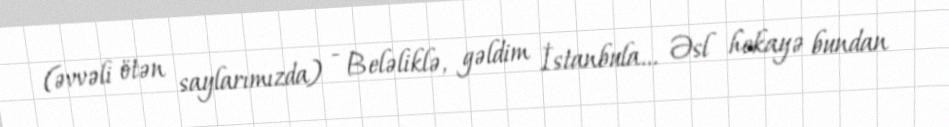
(əvvəli ötən saylarımızda) - Beləliklə, gəldim İstanbula... Əsl hekayə bundan